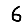
Digit: 6